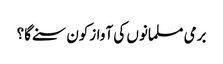
برمی مسلمانوں کی آوازکون سنے گا؟